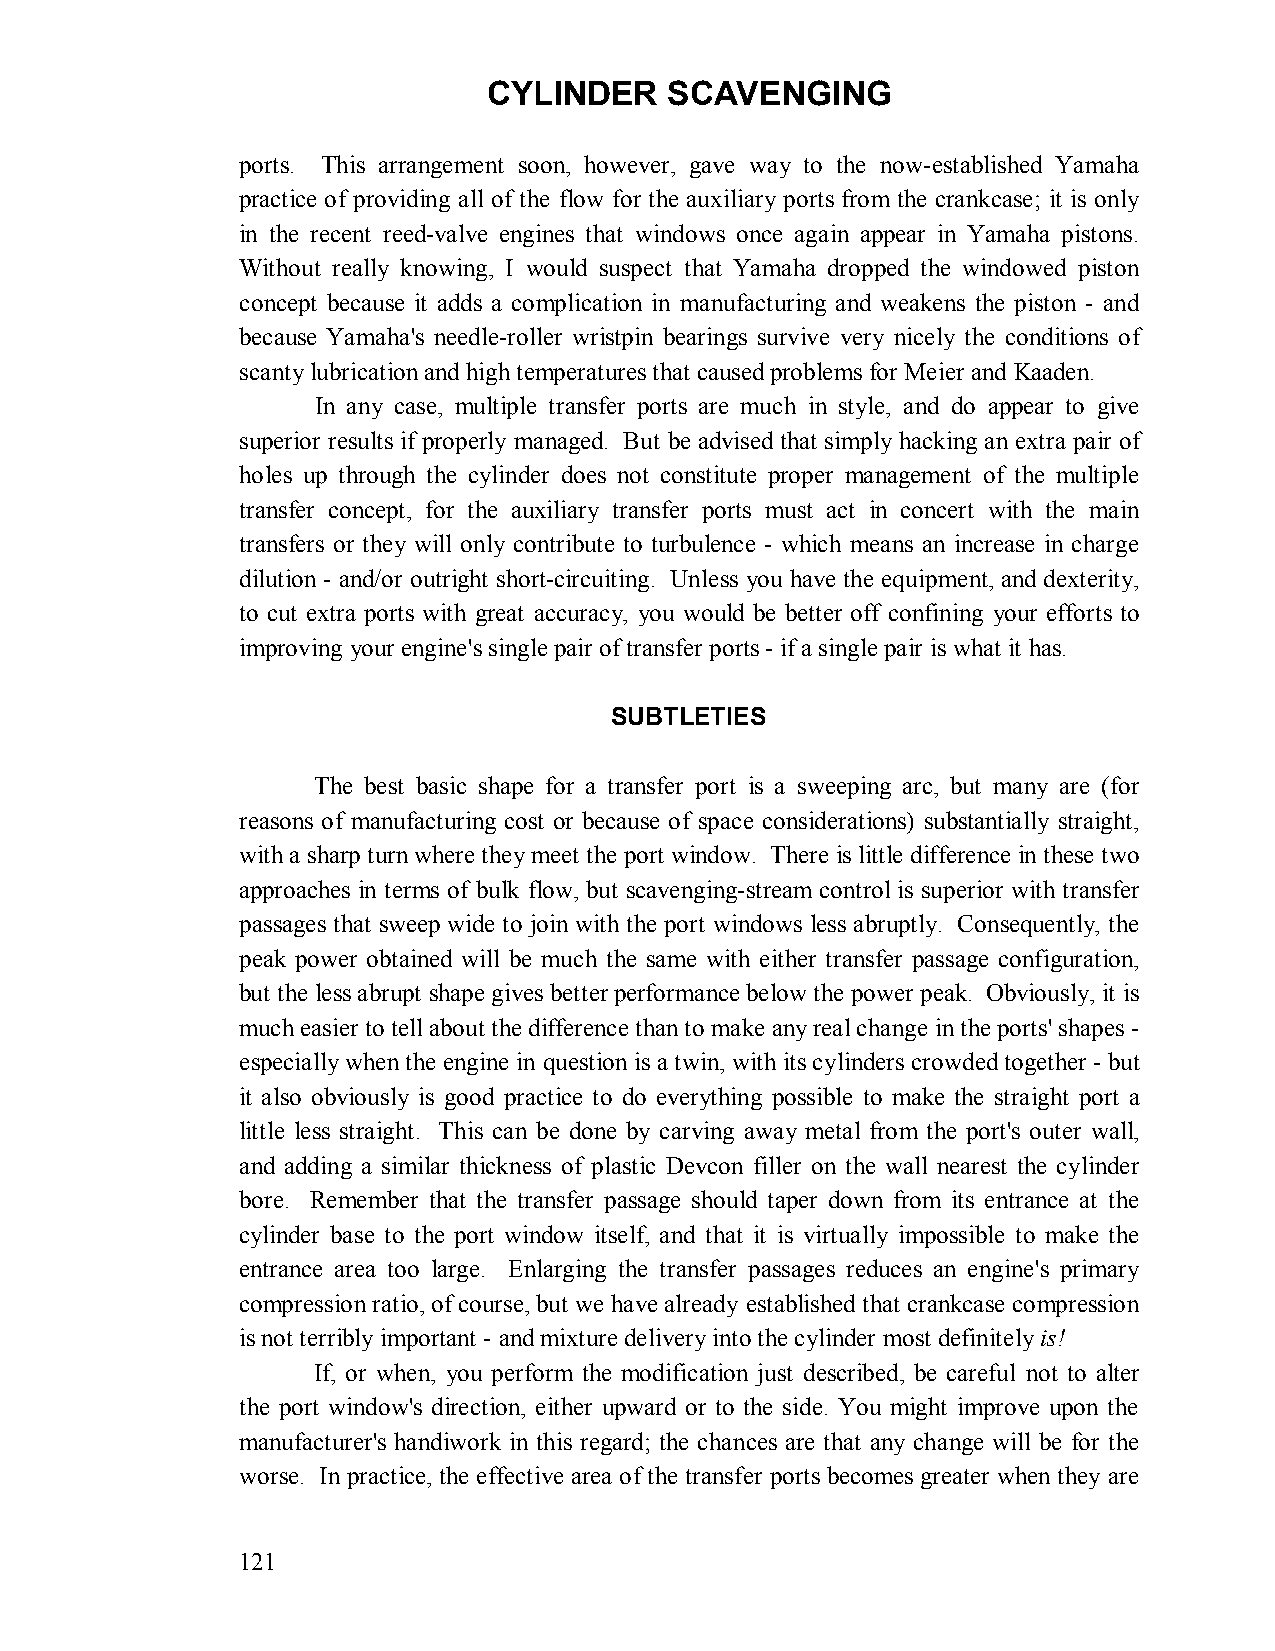
CYLINDER    SCAVENGING
 ports. This arrangement soon, however, gave way to the now-established Yamaha
 practice of providing all of the flow for the auxiliary ports from the crankcase; it is only
 in the recent reed-valve engines that windows once again appear in Yamaha pistons.
 Without really knowing, I would suspect that Yamaha dropped the windowed piston
 concept because it adds a complication in manufacturing and weakens the piston - and
 because Yamaha's needle-roller wristpin bearings survive very nicely the conditions of
 scanty lubrication and high temperatures that caused problems for Meier and Kaaden.
 In any case, multiple transfer ports are much in style, and do appear to give
 superior results if properly managed. But be advised that simply hacking an extra pair of
 holes up through the cylinder does not constitute proper management of the multiple
 transfer concept, for the auxiliary transfer ports must act in concert with the main
 transfers or they will only contribute to turbulence - which means an increase in charge
 dilution - and/or outright short-circuiting. Unless you have the equipment, and dexterity,
 to cut extra ports with great accuracy, you would be better off confining your efforts to
 improving your engine's single pair of transfer ports - if a single pair is what it has.
 SUBTLETIES
 The best basic shape for a transfer port is a sweeping arc, but many are (for
 reasons of manufacturing cost or because of space considerations) substantially straight,
 with a sharp turn where they meet the port window. There is little difference in these two
 approaches in terms of bulk flow, but scavenging-stream control is superior with transfer
 passages that sweep wide to join with the port windows less abruptly. Consequently, the
 peak power obtained will be much the same with either transfer passage configuration,
 but the less abrupt shape gives better performance below the power peak. Obviously, it is
 much easier to tell about the difference than to make any real change in the ports' shapes -
 especially when the engine in question is a twin, with its cylinders crowded together - but
 it also obviously is good practice to do everything possible to make the straight port a
 little less straight. This can be done by carving away metal from the port's outer wall,
 and adding a similar thickness of plastic Devcon filler on the wall nearest the cylinder
 bore. Remember that the transfer passage should taper down from its entrance at the
 cylinder base to the port window itself, and that it is virtually impossible to make the
 entrance area too large. Enlarging the transfer passages reduces an engine's primary
 compression ratio, of course, but we have already established that crankcase compression
 is not terribly important - and mixture delivery into the cylinder most definitely is!
 If, or when, you perform the modification just described, be careful not to alter
 the port window's direction, either upward or to the side. You might improve upon the
 manufacturer's handiwork in this regard; the chances are that any change will be for the
 worse. In practice, the effective area of the transfer ports becomes greater when they are
 121